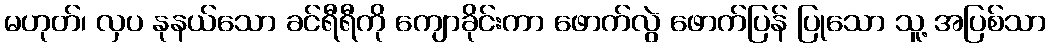
မဟုတ်၊ လှပ နုနယ်သော ခင်ရီရီကို ကျောခိုင်းကာ ဖောက်လွဲ ဖောက်ပြန် ပြုသော သူ့ အပြစ်သာ